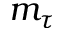
m _ { \tau }